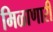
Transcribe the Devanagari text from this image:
मिळाणारी